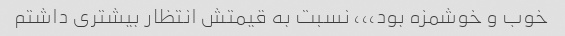
خوب و خوشمزه بود،،، نسبت به قیمتش انتظار بیشتری داشتم